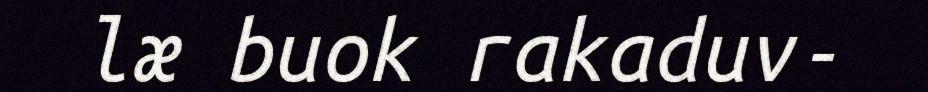
læ buok rakaduv-